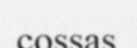
cossas